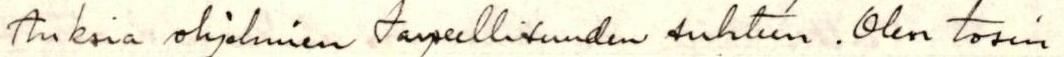
tuksia ohjelmien tarpeellisuuden suhteen. Olen tosin